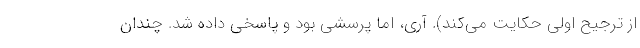
از ترجیح اولی حکایت می‌کند). آری، اما پرسشی بود و پاسخی داده شد. چندان